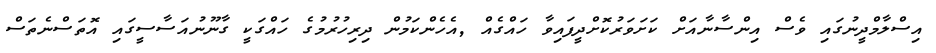
އިސްލާމްދީނުގައި ވެސް އިންސާނާއަށް ކަށަވަރުކޮށްދީފައިވާ ހައްގެއް